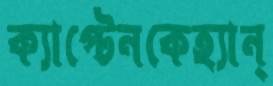
ক্যাপ্টেনকেহ্যান্